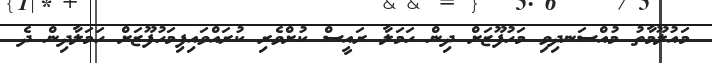
މައުލޫމާތު މުއްސަނދިވި މަހުފޫޒަށް ދިން ހަމަލާ ރައީސް ކުށްވެރި ކުރައްވައިފިމަހުފޫޒަށް ހަމަލާދިން ދެ